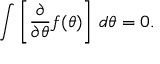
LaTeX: \int \left[ { \frac { \partial } { \partial \theta } } f ( \theta ) \right] \, d \theta = 0 .